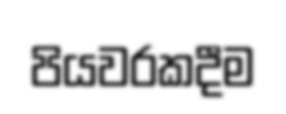
පියවරකදීම